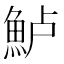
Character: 𫙔